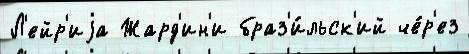
Л'ейр'иjа Жард'ин'и браз'и́льск'ий че́р'ез